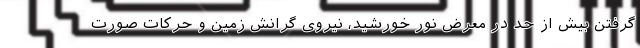
گرفتن بیش از حد در معرض نور خورشید، نیروی گرانش زمین و حرکات صورت